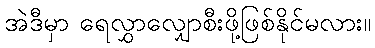
အဲဒီမှာ ရေလွှာလျှောစီးဖို့ဖြစ်နိုင်မလား။